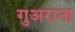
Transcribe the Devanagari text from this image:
गुअराना